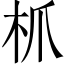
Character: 枛